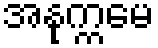
အနုက္ကမေ